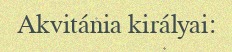
Akvitánia királyai: